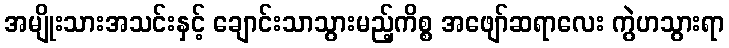
အမျိုးသားအသင်းနှင့် ချောင်းသာသွားမည့်ကိစ္စ အဖျော်ဆရာလေး ကွဲဟသွားရာ